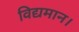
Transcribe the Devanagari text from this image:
विद्यमान।